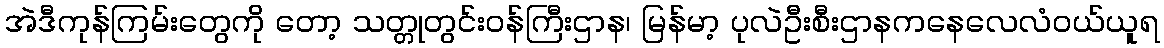
အဲဒီကုန်ကြမ်းတွေကို တော့ သတ္တုတွင်းဝန်ကြီးဌာန၊ မြန်မာ့ ပုလဲဦးစီးဌာနကနေလေလံဝယ်ယူရ